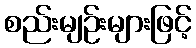
စည်းမျဉ်းများဖြင့်